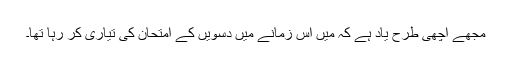
مجھے اچھی طرح یاد ہے کہ میں اس زمانے میں دسویں کے امتحان کی تیاری کر رہا تھا۔